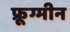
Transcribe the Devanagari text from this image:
फ्रूग्मीन